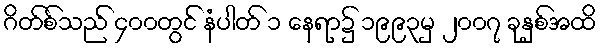
ဂိတ်စ်သည် ၄၀၀တွင် နံပါတ် ၁ နေရာ၌ ၁၉၉၃မှ ၂၀၀၇ ခုနှစ်အထိ